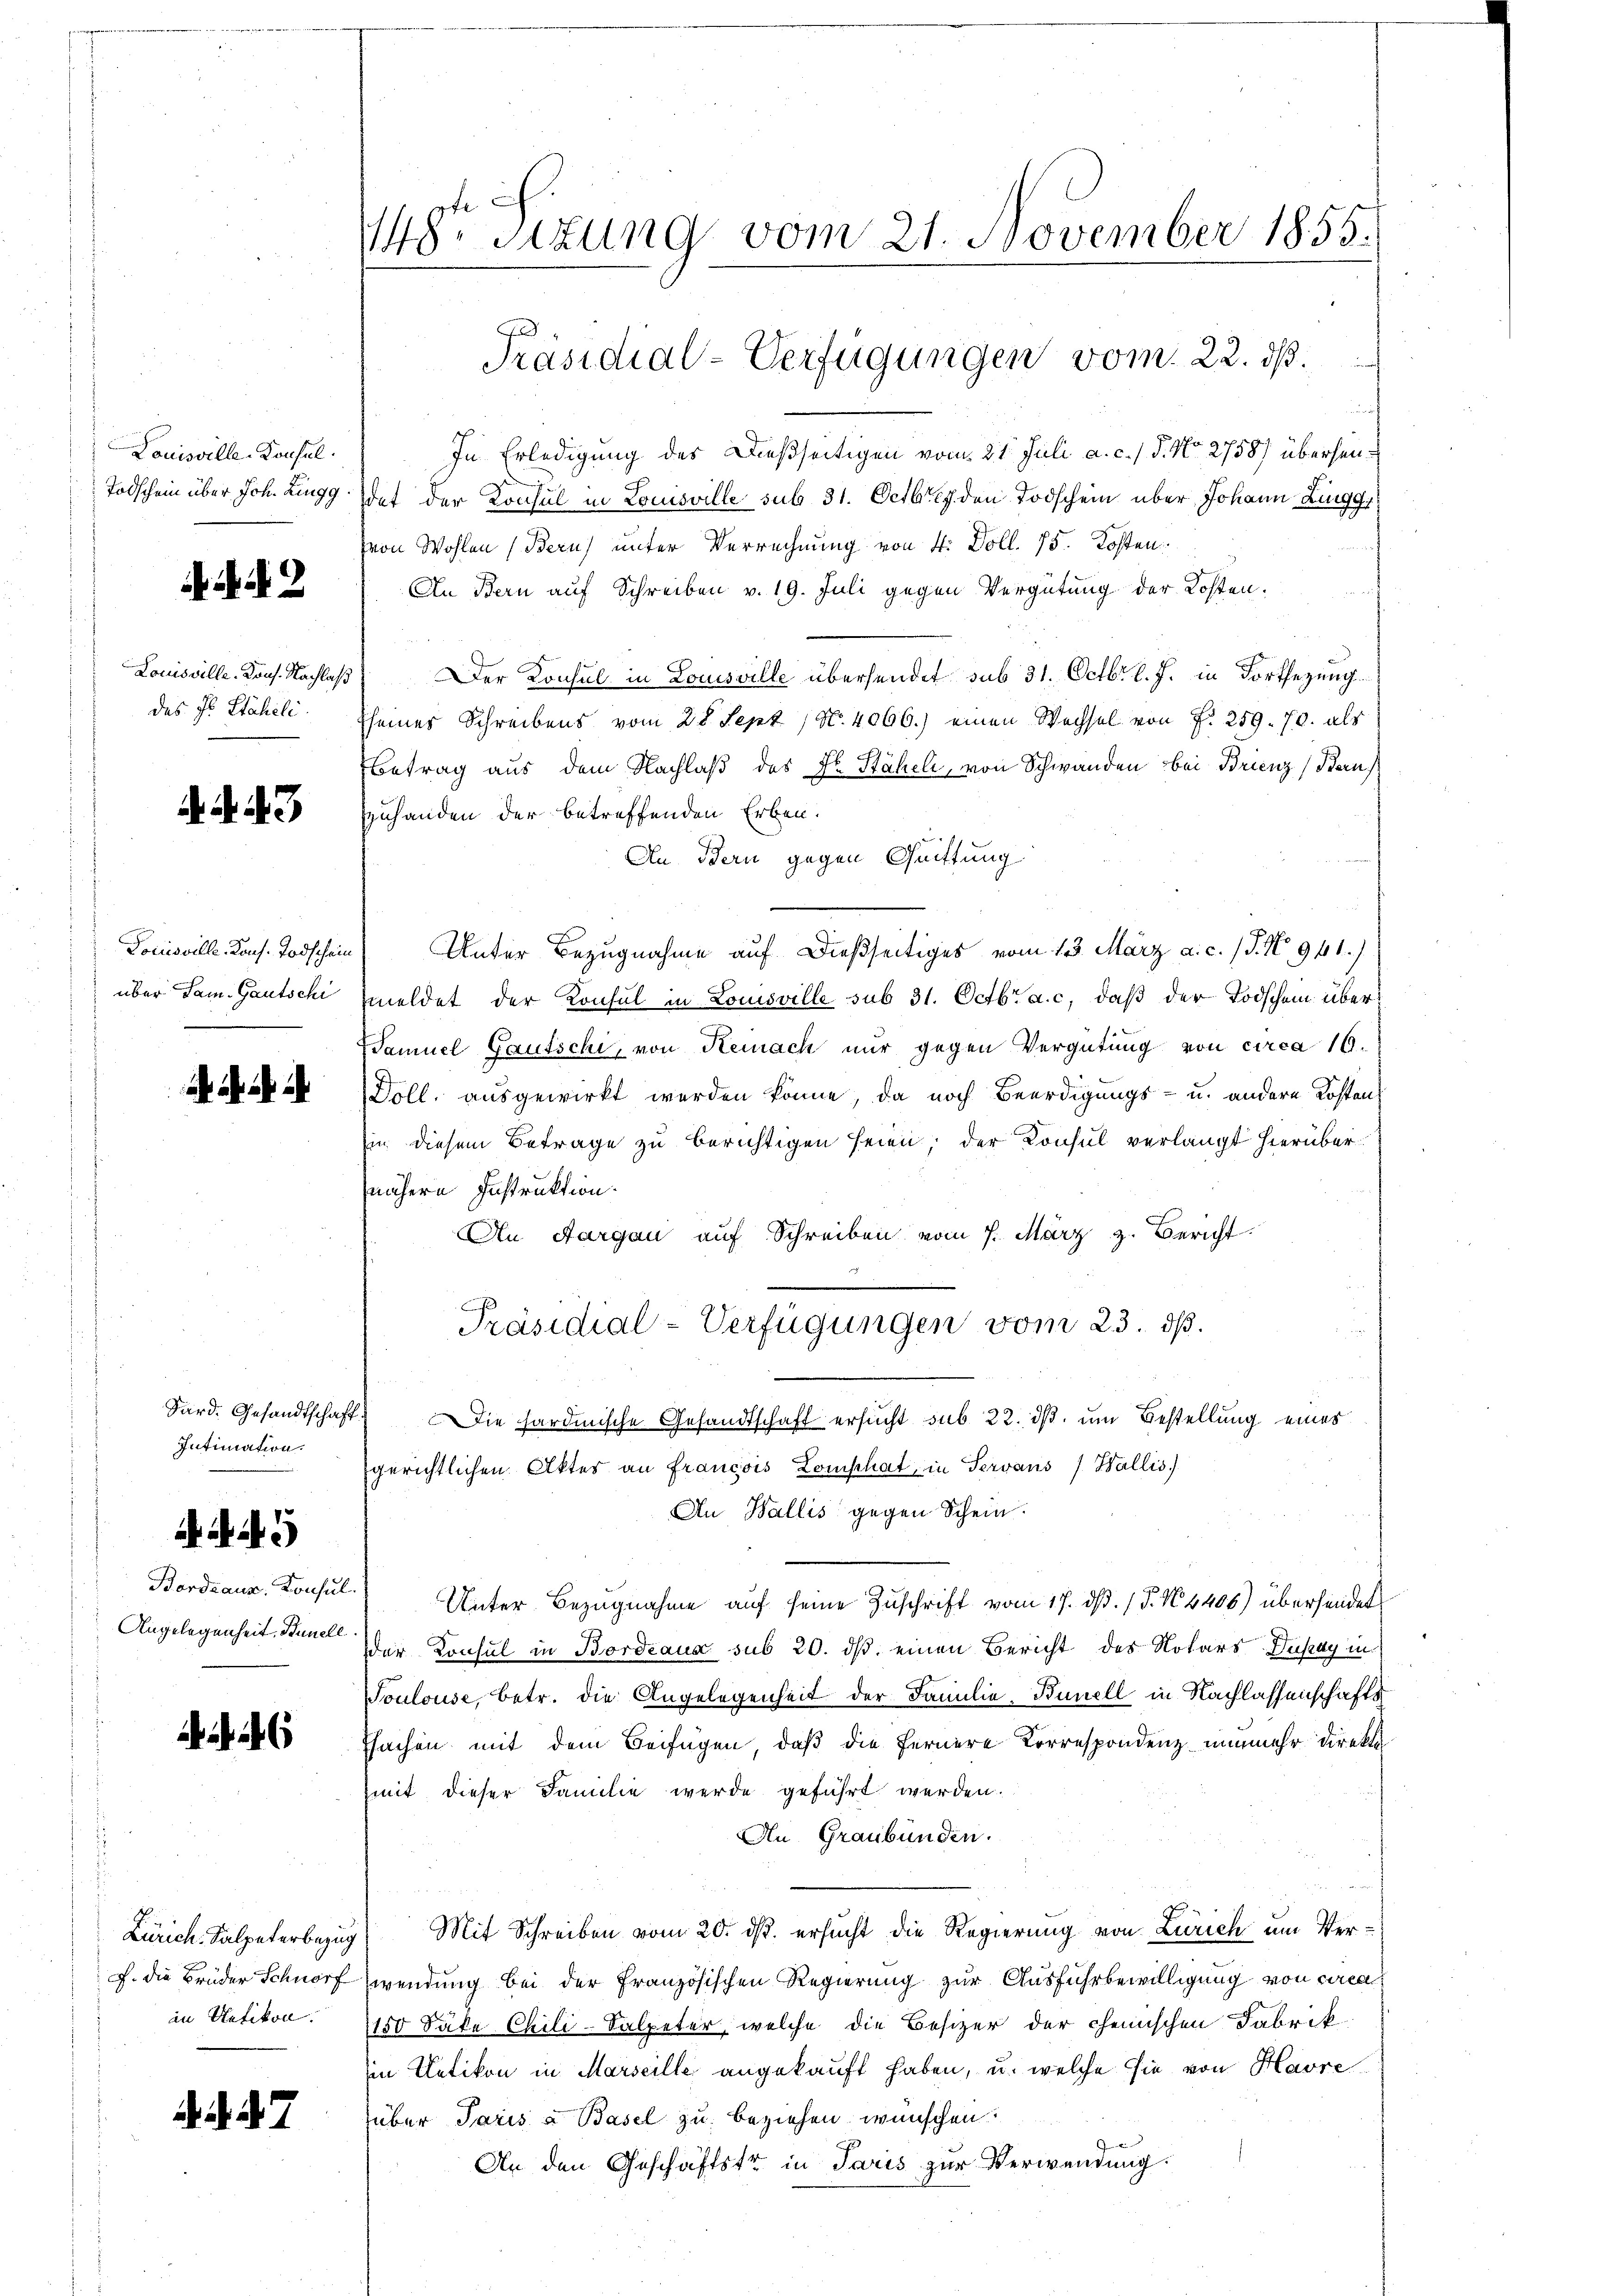
Louisville-Konsul

i. d. 2

Louisville Kons. Nachlaß
des Hl. Staheli

. N. 3

über Jam. Gautschi

Intimation.

A

Bardraus. Konsul
Angelegenheit. Bunell

J. die Brüder Schnorf
in Uetikon.

. . . 7

148. Sizung vom 21. November 1855.

f
In Erledigung des Dießseitigen vom 21. Juli a. c. / 5. No. 2758) übersen¬
Todschein über Joh. Lingg hat der Konsul in Louisville sub 31. Octbr. den Todschein über Johann Zingg
(von Wohlen (Bern) unter Verrechnung von 4. Doll. 75. Kosten
An Bern auf Schreiben v. 19. Juli gegen Vergütung der Kosten.
Der Konsul in Louisville übersendet sub 31. Octbr. l. J. in Fortsezung
seiner Schreibens vom 28. Sept / N. 4066.) einen Wechsel von P. 259. 70. als
Betrag aus dem Nachlaß des Hr. Stäheli, von Schwanden bei Brienz Baus
Zuhanden der betreffenden Erben.
An Bern gegen Quittung
Louisville Kons. Todschein Unter Bezugnahme auf dießseitiges vom 13. März a. c. (T. N. 941.)
meldet der Konsul in Louisville sub 31. Octbr. a. c. daß der Todschein über¬
Samuel Gautschi, von Kemnach nur gegen Vergütung von circa 16.
Doll, ausgewirkt werden könne, da noch Beerdigungs- u. andere Kosten
Ein diesem Betrage zu berichtigen seien, der Konsul verlangt hierüber
nähern Instruktion.
An Aargau auf Schreiben vom 7. März z. Bericht
Präsidial-Verfügungen vom 23. dß.
Sard. Gesandtschaft) Die sardinische Gesandtschaft ersucht sub 22. dβ. um Bestellung eines
gerichtlichen Aktes an françois Comphat, in Servans Wallis)
An Wallis gegen Schein.
Unter Bezugnahme auf seine Zuschrift vom 17. dβ. / 5. No. 4406) übersendet
der Konsul in Bordeaux sub 20. ds. einen Bericht des Notars Diszay in
Toulouse, betr. die Angelegenheit der Familie, Bünell in Nachlassenschafts
ssachen mit dem Beifügen, daß die fernere Korrespondenz nunmehr direkti
mit dieser Familie werde geführt werden.
An Graubünden.
Zürich. Salpeterbezug Mit Schreiben vom 20. ds. ersucht die Regierung von Zürich um Verwendung bei der Französischen Regierung zur Ausführbewilligung von circa
150 Säte Chili-Salpeter, welche die Besizer der chemischen Fabrik
in Uetikon in Marseille angekauft haben, u. welche sie von Havre
über Paris a Basel zu beziehen wünschen.
An den Geschäftstr in Paris zur Verwendung.

Präsidial-Verfügungen vom 22. dß.